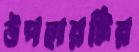
উপহারটির